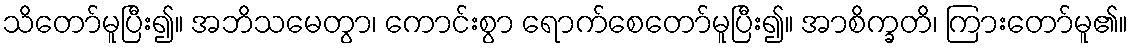
သိတော်မူပြီး၍။ အဘိသမေတွာ၊ ကောင်းစွာ ရောက်စေတော်မူပြီး၍။ အာစိက္ခတိ၊ ကြားတော်မူ၏။